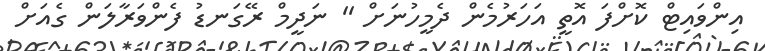
އިންވައިޓް ކޮށްފަ އޮތީ އަހަރުމެން ދެމީހުނަށް '' ނަދީމް ރޭގަނޑު ފެންވަރާލަން ގެއަށް